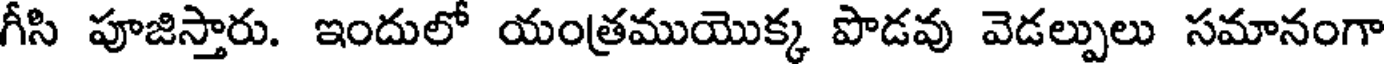
గీసి పూజిస్తారు. ఇందులో యంత్రముయొక్క పొడవు వెడల్పులు సమానంగా